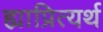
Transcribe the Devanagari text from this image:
ह्याप्रित्यर्थ